画像に写った文字を読んでください
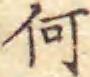
「何」と書いてあります